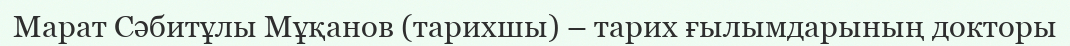
Марат Сәбитұлы Мұқанов (тарихшы) – тарих ғылымдарының докторы